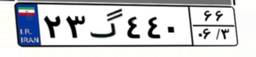
۲۳گ۴۴۰۶۶